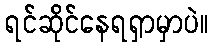
ရင်ဆိုင်နေရရှာမှာပဲ။